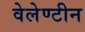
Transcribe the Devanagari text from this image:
वेलेण्टीन